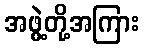
အဖွဲ့တို့အကြား